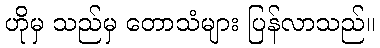
ဟိုမှ သည်မှ တောသံများ ပြန်လာသည်။